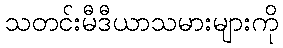
သတင်းမီဒီယာသမားများကို